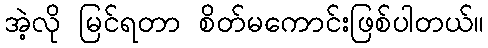
အဲ့လို မြင်ရတာ စိတ်မကောင်းဖြစ်ပါတယ်။